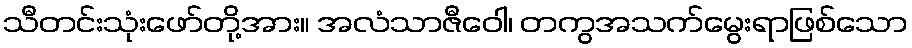
သီတင်းသုံးဖော်တို့အား။ အလံသာဇီဝေါ၊ တကွအသက်မွေးရာဖြစ်သော